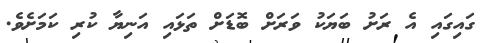
ގައިގައި އެ ރަށު ބަޔަކު ވަރަށް ބޮޑަށް ތަޅައި އަނިޔާ ކުރި ކަމަށެވެ.